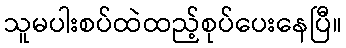
သူမပါးစပ်ထဲထည့်စုပ်ပေးနေပြီ။